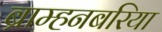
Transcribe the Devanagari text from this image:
ब्राम्हनबरिया